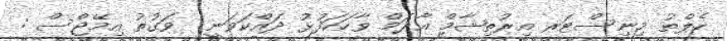
ހެލްތު މިނިސްޓަރ އިރުތިޝާމް އާދަމް ވާހަކަފުޅު ދައްކަވަނީ  ވަގުތު އިމޭޖްސް :